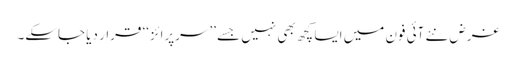
غرض نئے آئی فون میں ایسا کچھ بھی نہیں جسے ’’سرپرائز‘‘ قرار دیا جاسکے۔